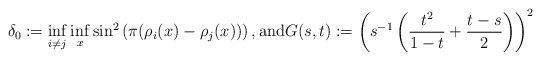
\begin{align*}\delta _0 := \inf _{i \neq j} \inf _x \sin ^2 \left( \pi ( \rho _i (x) - \rho _j (x) ) \right) , \mbox{and} G ( s , t ) := \left( s ^{-1} \left( \frac{t ^2}{1 - t} + \frac{t -s}{2}\right) \right) ^2\end{align*}